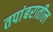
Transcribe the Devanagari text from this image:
तपांबरातील